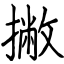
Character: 撇